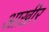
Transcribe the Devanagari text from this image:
आख़ीर